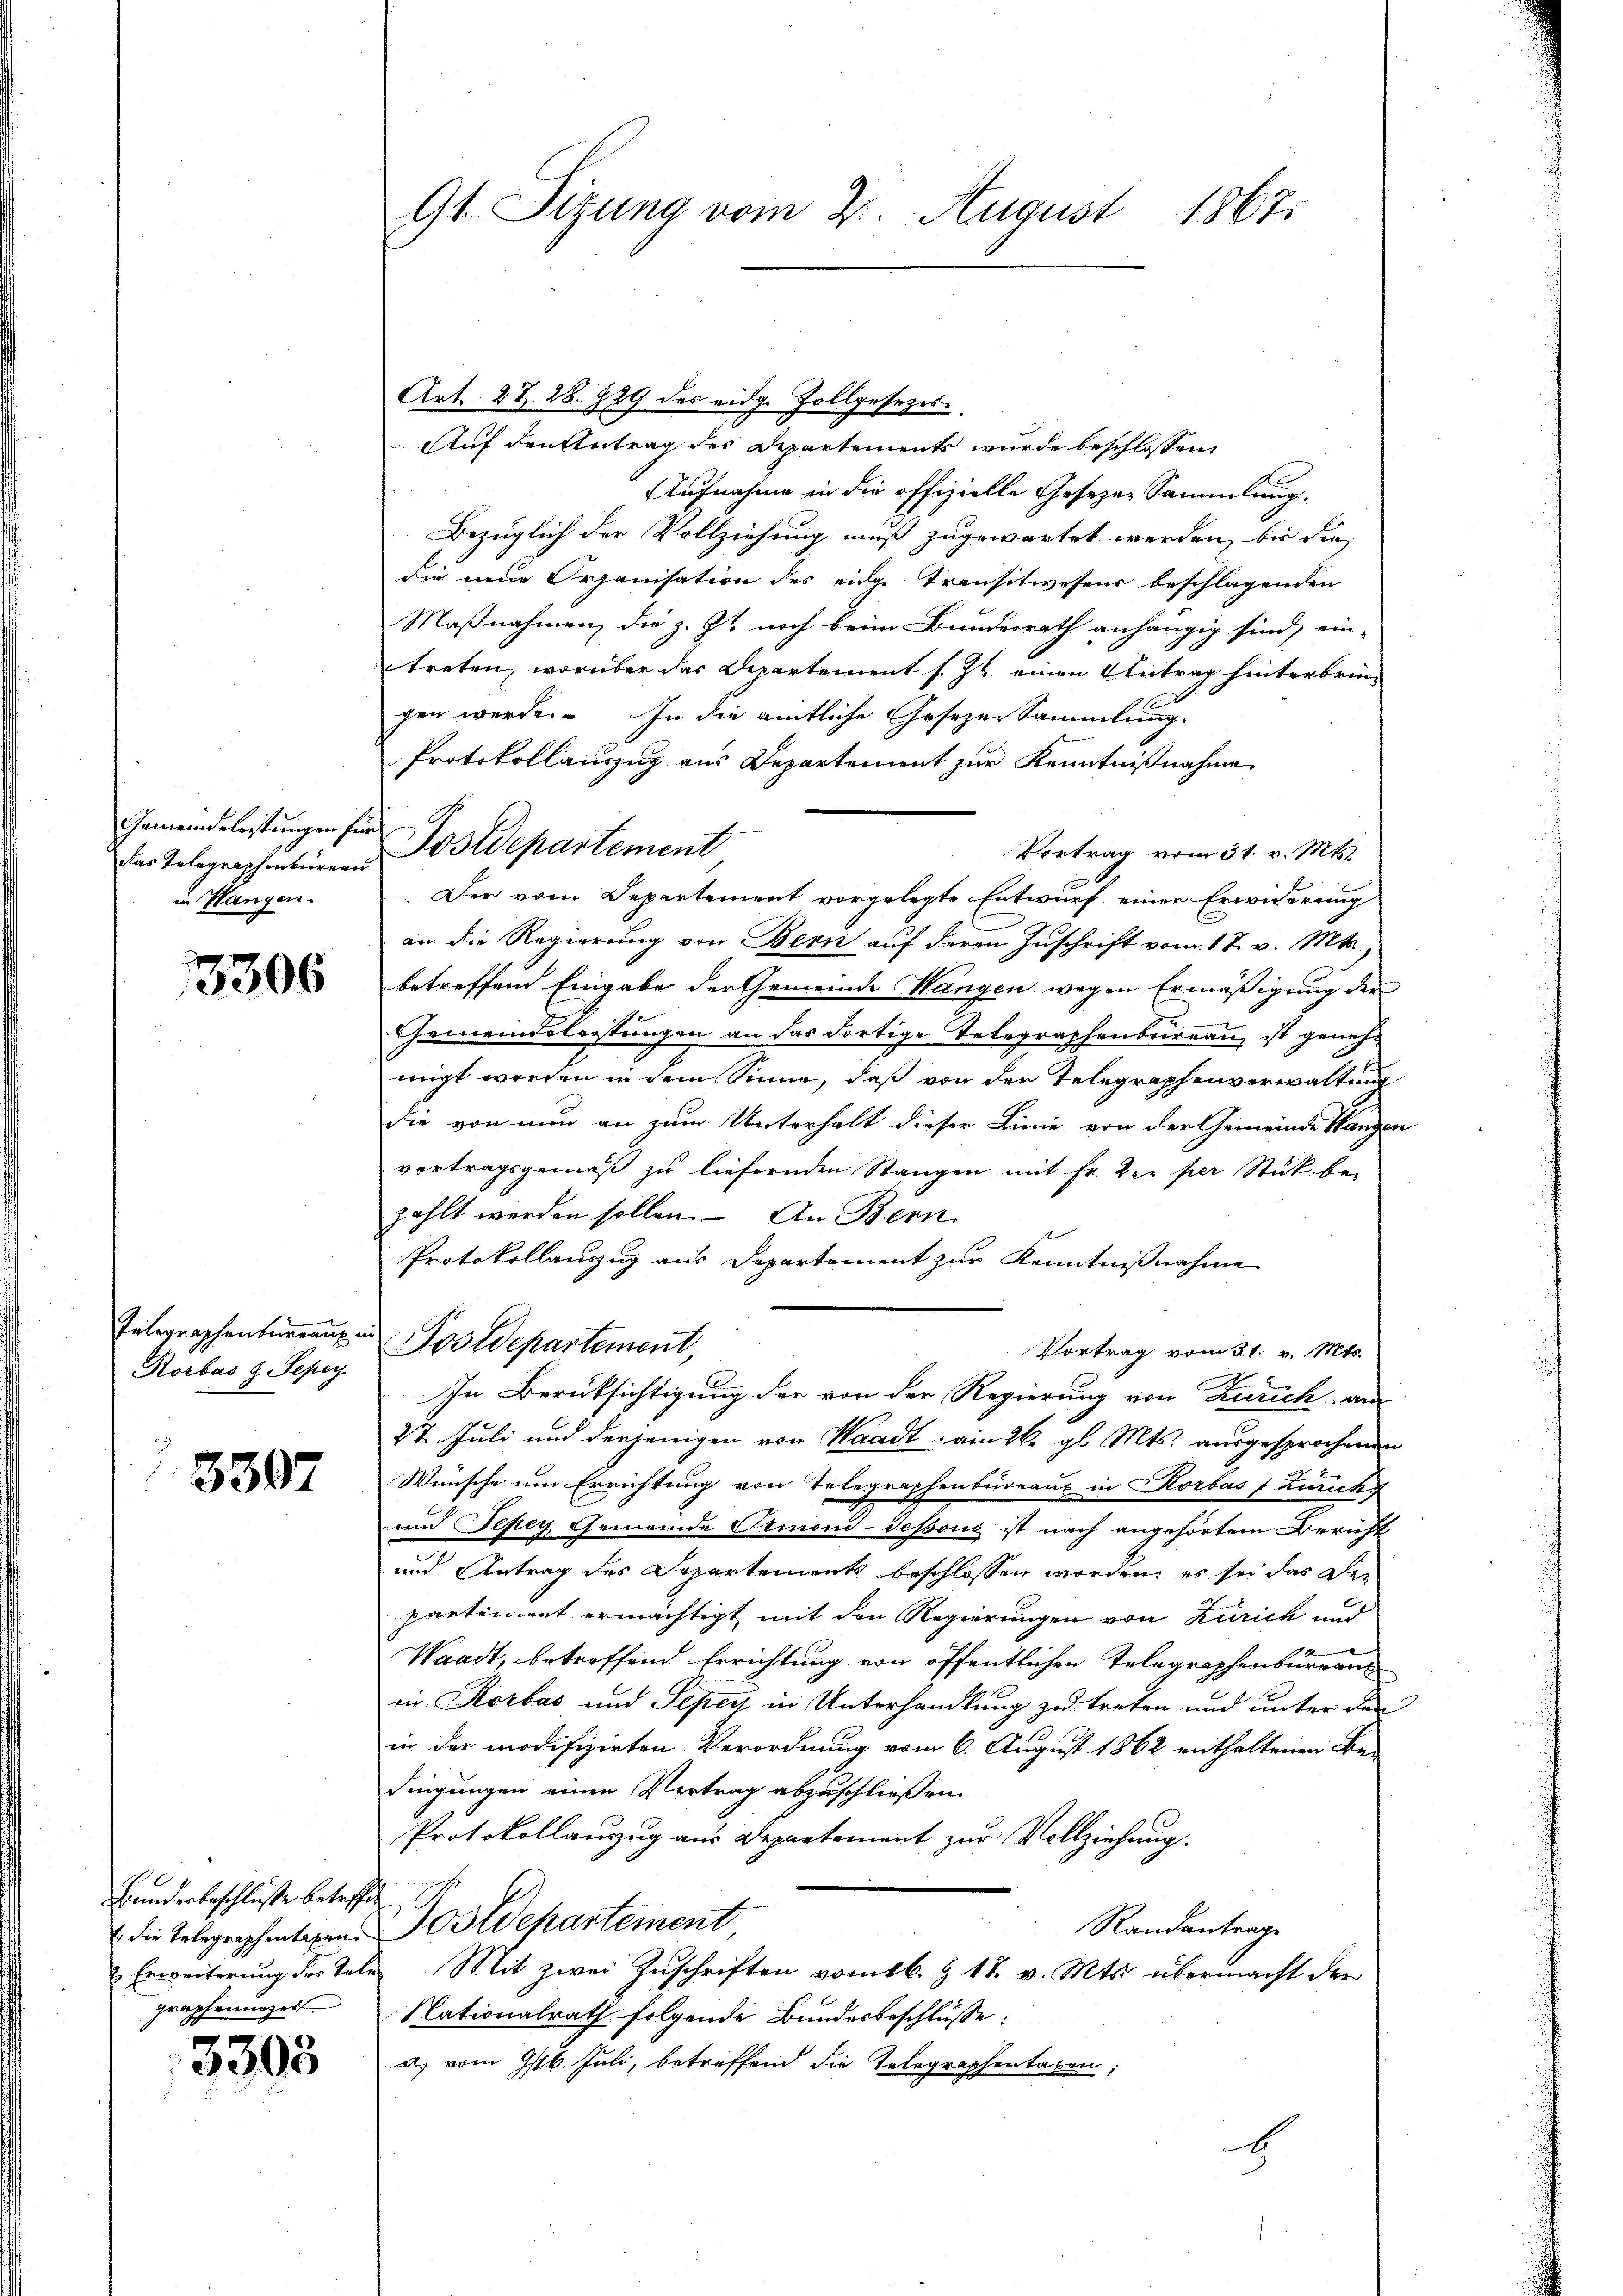
Gemeindeleistungen für
das Telegraphenbüreau
in Hangen.

3306

Telegraphenbureaux n
Rorbas z. Sepey.

3397

Bunderbeschlüsse betreffe
 die Telegraphentagen.
Erweiterung des Tel
graphenarzer.

3303

G1. Sitzung vom 2. August 1867.

Auf den Antrag des Departements wurde beschlossen,
Aufnahme in die offizielle Gesezen Sammlung.
Bezüglich der Vollziehung muß zugewartet werden, bis die
die eine Organisation des eidge Transitwesens beschlagenden
Maßnahmen, die z. Zt. noch beim Bundesrath anhängig sind, ein-
treten, worüber das Departement s. Zt. einen Antrag hinterbrin-

gen werde. In die amtliche Gesezen Sammlung.
Protokollauszug aus Departement zur Kenntnißnahme
Vortrag vom 31. v. Mts.
Der vom Departement vorgelegte Entwurf einer Erwiderung
an die Regierung von Bern auf deren Zuschrift vom 17. v. Mts.
betreffend Eingabe der Gemeinde Wangen wegen Ermäßigung der
Gemeindsleistungen an das dortige Telegraphenbureau ist genehmigt worden in dem Sinne, daß von der Telegraphenverwaltung
die von nun an zum Unterhalt dieser Linie von der Gemeinde Wangen
vortragsgemäß zu liefernden Stangen mit Fr. Der per Stück be-
zahlt werden sollen. An Bern
Protokollauszug aus Departement zur Kenntnißnahme
voldepartement,
Vortrag vom 31. v. Mts.
In Berüksichtigung der von der Regierung von Zürich, aus
2t Juli und derjenigen von Waadt am 26. gl. Mts. ausgesprochenen
Wünsche um Errichtung von Telegraphenbureaus in Korbas (zurucks
und Tepey Gemeinde Ormond-dessous ist nach angehörtem Bericht
und Antrag des Departements beschlossen worden, es sei das De-
partement ermächtigt mit den Regierungen von Zürich und
Waadt, betreffend Errichtung von öffentlichen Telegraphenbureaus
in Rorbas und Sepey in Unterhandlung zu treten und unter der
in der modifizirten Verordnung vom 6. August 1862 enthaltenen Be-
dingungen einen Vertrag abzuschließen.
Protokollauszug aus Departement zur Vollziehung.
¬
Postdepartement
Randantrage
u Mit zwei Zuschriften vom 16. & 18. v. Mts. übermacht der
Nationalrath folgende Bundesbeschlüsse:
a. vom 9/16. Juli, betreffend die Telegraphen taben;
E

Art. 2 Z. 28. 729 des eidg. Zollgesezes¬

Postdepartement